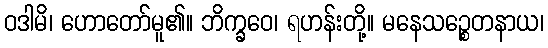
ဝဒါမိ၊ ဟောတော်မူ၏။ ဘိက္ခဝေ၊ ရဟန်းတို့။ မနေသဉ္စေတနာယ၊